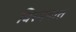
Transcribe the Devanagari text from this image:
विस्मयात